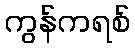
ကွန်ကရစ်